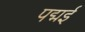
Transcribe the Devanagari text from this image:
पद्मई